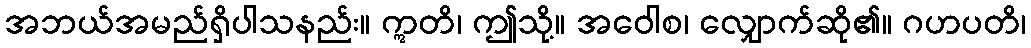
အဘယ်အမည်ရှိပါသနည်း။ ဣတိ၊ ဤသို့။ အဝေါစ၊ လျှောက်ဆို၏။ ဂဟပတိ၊